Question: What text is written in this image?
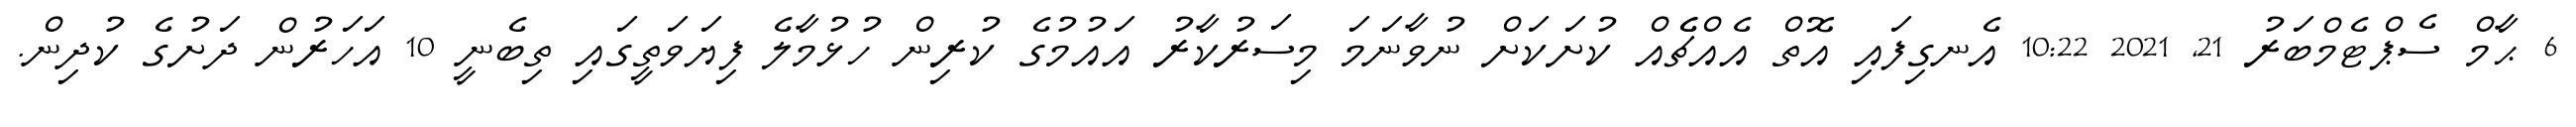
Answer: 6 ޙާމް ސެޕްޓެމްބަރު 21, 2021 10:22 އެނގިފައި އޮތް އެއްޗެެއް ކުށަކަށް ނުވާނަމަ މިސަރުކާރު އައުމުގެ ކުރިން ހުޅުމާލެ ފިޔަވަތީގައި ތިބެނީ 10 އަހަރުން ދަށުގެ ކުދިން.